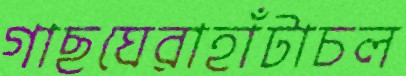
গাছঘেরাহাঁটাচল